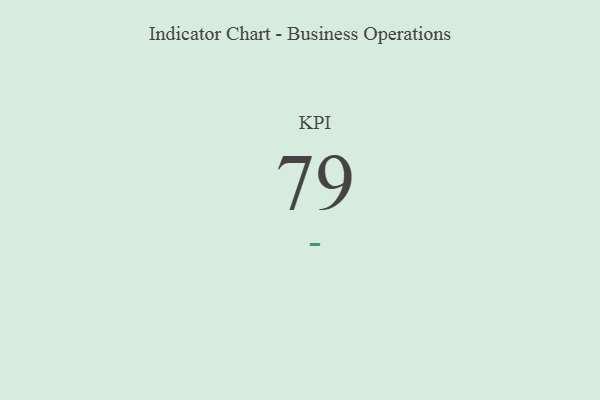
{"axis": {"x": "KPI", "y": "Value"}, "legend": [""], "data": [{"x": "KPI", "y": 79, "type": ""}]}